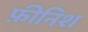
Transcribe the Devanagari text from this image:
फ़ीनिश